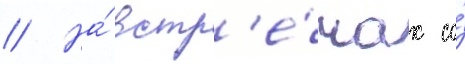
// На́ встр'е́чах со́